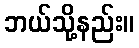
ဘယ်သို့နည်း။